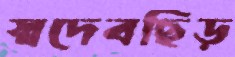
স্বদেবছিঁড়